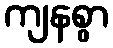
ကျနစွာ